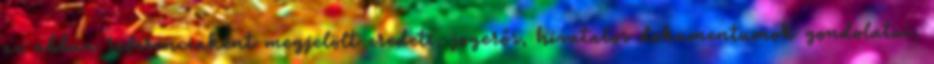
az abban referenciaként megjelölt eredeti, jogerős, hivatalos dokumentumok gondolatai,